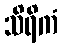
သိရိကံ